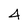
Character: 4